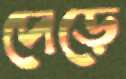
দেড়ে